King Institute of Preventive Medicine Micro-Biological Section reports 1912-19
Year: 1912
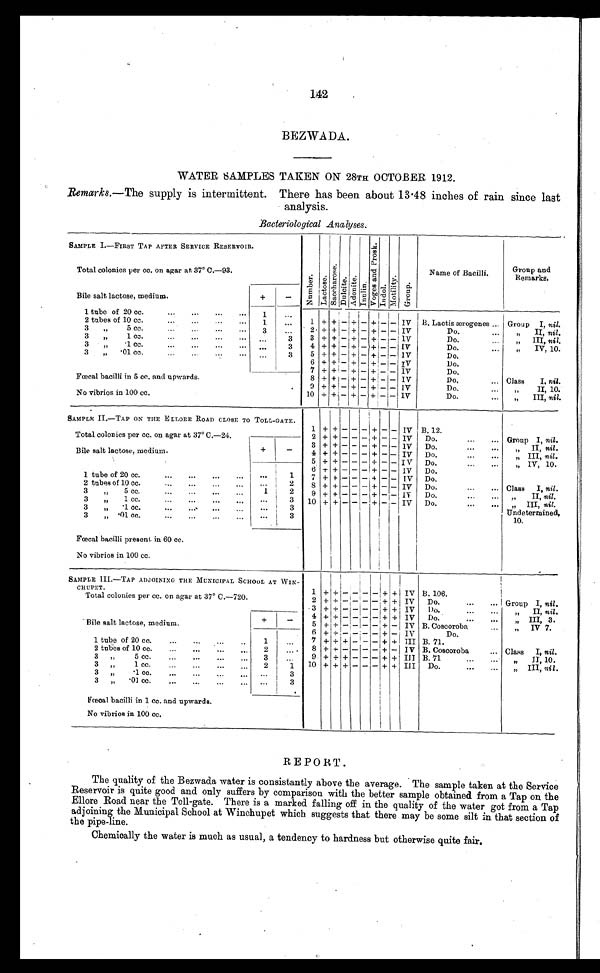
142
BEZWADA.
WATER SAMPLES TAKEN ON 28TH OCTOBER 1912.
Remarks.—The supply is intermittent. There has been about 13.48 inches of rain since last
analysis.
Bacteriological Analyses.
SAMPLE I.—FIRST TAP AFTER SERVICE RESERVOIR.
Total colonies per cc. on agar at 37° C.—93.
Numbe r . L a c t o s e .
S a c c h a r o s e .
Dul ci t e. A d o n i t e . I n u l i n .
V o g e s a n d P r o s k .
I n d o l . M o t i l i t y .
G r o u p .
Name of Bacilli.
Group and
Remarks.
Bile salt lactose, medium.
+
-
1 tube of 20 cc.
1
. . .
2 tubes of 10 cc.
...
...
1
. . . 1 + + - + - + - - IV B. Lactis ærogenes ... Group I, nil.
3
"
5 cc.
3
. . .
2 + + - + - +
- IV
Do.
" I I ,
n i l .
3
"
1 cc.
...
...
...
...
. . .
3
3 + + - + - + - - 1V
Do.
" I I I ,
n i l .
3
"
.1 cc....
....
. . . ...
3
4 + + - + - + - - IV
Do.
" I V , 1 0 .
3
"
. 0 1 c c .
. . .
. . .
. . .
. . . ...
3
5 + + - + - + - - IV
Do.
Fœcal bacilli in 5 cc. and upwards.
No vibrios in 100 cc.
6 + + -
+ - + - - IV
1)o.
7 + + - + - + - - IV
Do.
8 + + - + - + - - IV
Do,
... Class
I, nil.
9 + + - + - + - IV
Do.
" I I , 1 0 .
10 + + - + - + - - IV
Do.
... "
III, nil.
SAMPLE II.—TAP ON THE ELLORE ROAD CLOSE TO TOLL-GATE.
Total colonies per cc. on agar at 37° C.—24.
1 + + - - - +
-
- IV B. 12.
2 + + - - - + - - IV Do.
...
... Group I, nil.
Bile salt lactose, medium.
+
-
3 + + - - - + - - IV Do.
" I I ,
n i l .
4 + + - - - + - - IV Do.
...
...
" I I I ,
n i l .
5 + + - - - + - - IV Do.
"
" I V, 10.
6 + + - - - + - - IV Do.
1 tube of 20 cc.
".
...
...
... ....
1
7 + + - - - + - - IV Do.
2 tubes of 10 cc.
...
...
...
...
. . .
2
8 + + - - - + - - IV Do.
...
... Class I, nil.
3
"
5 cc.
...
...
...
...
1
2
9 + + - - - + - - IV Do.
...
... "
II, nil.
3
„
1 cc.
...
..
..
.. ...
3 10 + + - - - + - - IV Do.
...
...
" I I I ,
n i l .
Undetermined,
10.
3
„
. 1 c c .
. .
. . . . .
. . .
. . . ...
3
3
" .01 cc.
...
...
...
. . .
. . .
3
Fœcal bacilli present, in 60 cc.
No vibrios in 100 cc.
SAMPLE III.—TAP ADJOINING THE MUNICIPAL SCHOOL AT WIN-
CHUPET.
Total colonies per cc. on agar at 37° C.—720.
1
+
+
-
-
-
+ + IV B. 106.
2 + +
- - - + + IV Do.
...
... Group I, nil.
3 + + - - - + + IV Do.
" I I ,
n i l .
Bile salt lactose, medium.
+
-
4 +
+ - -
- + + IV Do.
...
" I I I ,
3 .
5 + +
- - - + - IV
...
B. Coscoroba
„
IV 7.
6 + +
- - - + - IV
Do.
1 tube of 20 cc.
...
...
...
1
. . .
7 + +
-
-
- + + III B. 71.
2 tubes of 10 cc.
2
. . .
8 + +
- - - + - IV B. Coscoroba
... Class I, nil.
...
...
...
3 " 5 c c .
3
. . .
9 + +
- - - + + III B. 71
...
... "
II, 10.
,,
3 "
1 cc.
2
11
10 + + - - - + + III Do.
...
... " III, nil.
3 "
. . .
3
3 „
. 0 1
c c .
. . .
. . .
. . .
. . . ...
3
Fœcal bacilli in 1 cc. and upwards.
No vibrios in 100 cc.
REPORT.
The quality of the Bezwada water is consistantly above the average. The sample taken at the Service
Reservoir is quite good and only suffers by comparison with the better sample obtained from a Tap on the
Ellore Road near the Toll-gate. There is a marked falling off in the quality of the water got from a Tap
adjoining the Municipal School at Winchupet which suggests that there may be some silt in that section of
the pipe-line.
Chemically the water is much as usual, a tendency to hardness but otherwise quite fair.